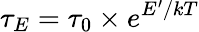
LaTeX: \tau_{E}=\tau_{0}\times e^{E^{\prime}/kT}